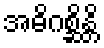
အဓိဂစ္ဆိန္တိ